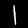
Digit: 1